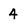
Character: 4